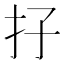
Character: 𡥅